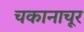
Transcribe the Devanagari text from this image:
चकानाचूर